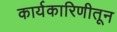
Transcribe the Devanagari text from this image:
कार्यकारिणीतून